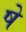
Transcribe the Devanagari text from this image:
षे